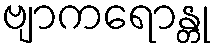
ဗျာကရောန္တု